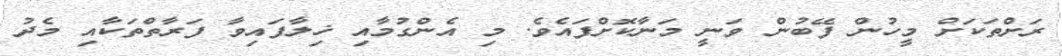
ރަށްތަކަށް މީހުން ފޭބުން ވަނީ މަނާކޮށްފައެވެ. މި އެންގުމާއި ޚިލާފައިވާ ފަރާތްތަކާއި މެދު